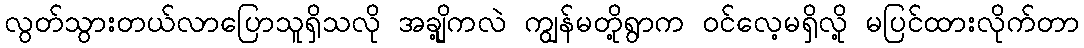
လွတ်သွားတယ်လာပြောသူရှိသလို အချို့ကလဲ ကျွန်မတို့ရွာက ဝင်လေ့မရှိလို့ မပြင်ထားလိုက်တာ